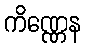
ကိဏ္ဏေန